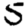
Digit: 5